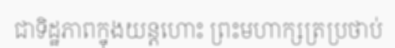
ជាទិដ្ឋភាពក្នុងយន្តហោះ ព្រះមហាក្សត្រប្រថាប់